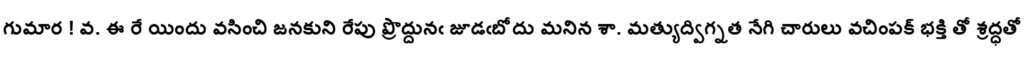
గుమార ! వ. ఈ రే యిందు వసించి జనకుని రేపు ప్రొద్దునఁ జూడఁబోదు మనిన శా. మత్యుద్విగ్నత నేగి చారులు వచింపక్ భక్తి తో శ్రద్ధతో